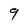
Character: 9